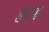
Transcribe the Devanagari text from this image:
हेपाह